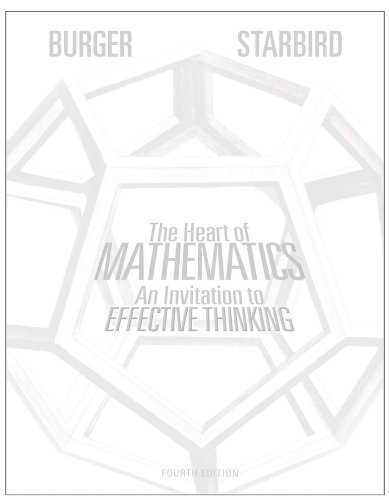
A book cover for The Heart of Mathematics: An Invitation to Effective Thinking; Edward B. Burger; Science & Math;